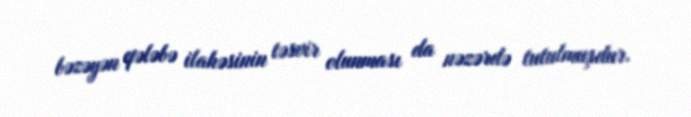
bəzəyən qələbə ilahəsinin təsvir olunması da nəzərdə tutulmuşdur.